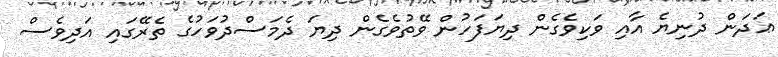
ޢަދަން ދުނިޔެ އާއި ވަކިވެގެން ދިޔަފަހުން ވޭތުވެގެން ދިޔަ ދެމަސްދުވަހުގެ ތެރޭގައި އަދިވެސް